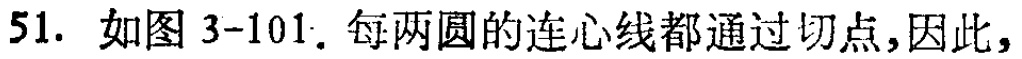
51. 如图3-101. 每两圆的连心线都通过切点,因此,